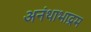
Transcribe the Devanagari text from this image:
अनंथाभाद्रम